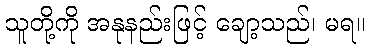
သူတို့ကို အနုနည်းဖြင့် ချော့သည်၊ မရ။